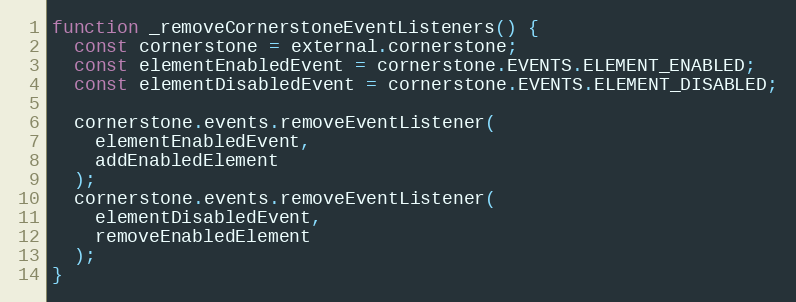
Language: JavaScript
function _removeCornerstoneEventListeners() {
  const cornerstone = external.cornerstone;
  const elementEnabledEvent = cornerstone.EVENTS.ELEMENT_ENABLED;
  const elementDisabledEvent = cornerstone.EVENTS.ELEMENT_DISABLED;

  cornerstone.events.removeEventListener(
    elementEnabledEvent,
    addEnabledElement
  );
  cornerstone.events.removeEventListener(
    elementDisabledEvent,
    removeEnabledElement
  );
}